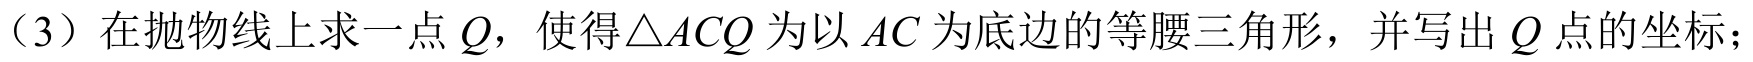
（3）在抛物线上求一点\(Q\)，使得\(\triangle ACQ\)为以\(AC\)为底边的等腰三角形，并写出\(Q\)点的坐标；